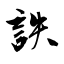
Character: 詄